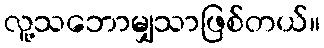
လူ့သဘောမျှသာဖြစ်တယ်။